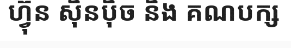
ហ្វ៊ុន ស៊ិនប៉ិច និង គណបក្ស